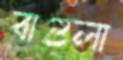
বাগুলা